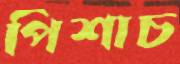
পিশাচ